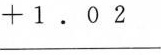
$$\frac{+1.02}$$